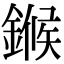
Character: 𬫺